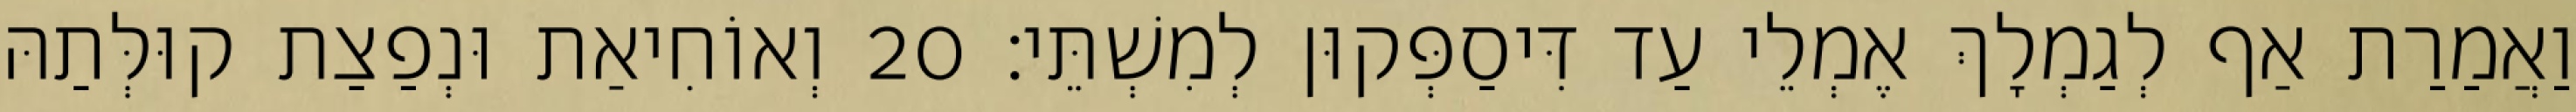
וַאֲמַרַת אַף לְגַמְלָךְ אֶמְלֵי עַד דִּיסַפְּקוּן לְמִשְׁתֵּי׃ 20 וְאוֹחִיאַת וּנְפַצַת קוּלְּתַהּ